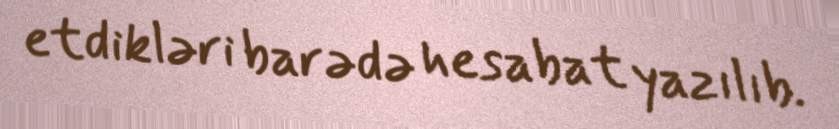
etdikləri barədə hesabat yazılıb.